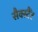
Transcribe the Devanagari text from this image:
सैक्स्टैंट